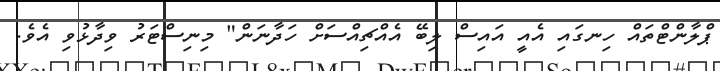
ޕްލާންޓްތައް ހިނގައި އެއީ އައިސް ލިބޭ އެއްޗިއްސަށް ހަދާނަން" މިނިސްޓަރު ވިދާޅުވި އެވެ.